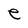
Character: e